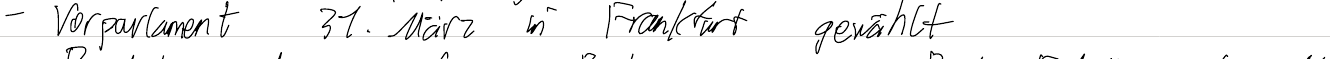
- Vorparlament 31.März in Frankfurt gewählt